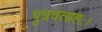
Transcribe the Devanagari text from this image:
पुत्रवत्सलः।